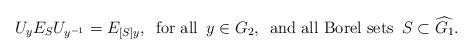
LaTeX: \begin{align*}U_y E_S U_{y^{-1}} = E_{[S]y}, \,\,\, \textrm{for all} \,\,\, y \in G_2 , \,\,\, \textrm{and all Borel sets} \,\,\, S \subset \widehat{G_1}.\end{align*}